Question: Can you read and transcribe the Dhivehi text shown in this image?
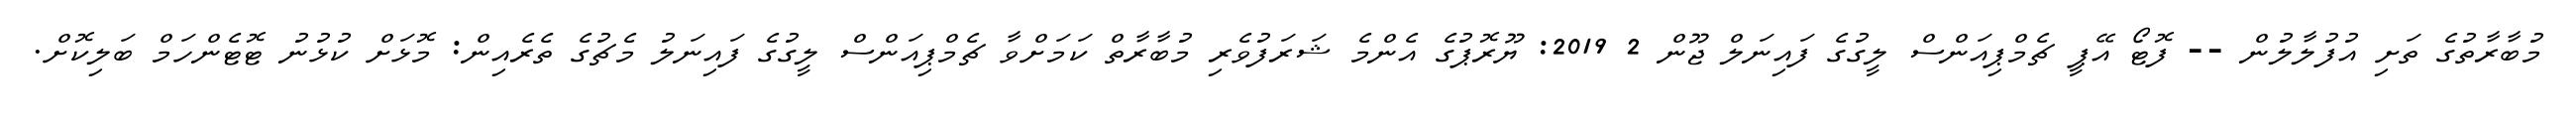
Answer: މުބާރާތުގެ ތަށި އުފުލާލުން -- ފޮޓޯ އޭޕީ ޗެމްޕިއަންސް ލީގުގެ ފައިނަލް ޖޫން 2 2019: ޔޫރޮޕުގެ އެންމެ ޝަރަފުވެރި މުބާރާތް ކަމަށްވާ ޗެމްޕިއަންސް ލީގުގެ ފައިނަލު މެޗުގެ ތެރެއިން: މޮޅަށް ކުޅުނު ޓޮޓެންހަމް ބަލިކޮށް.